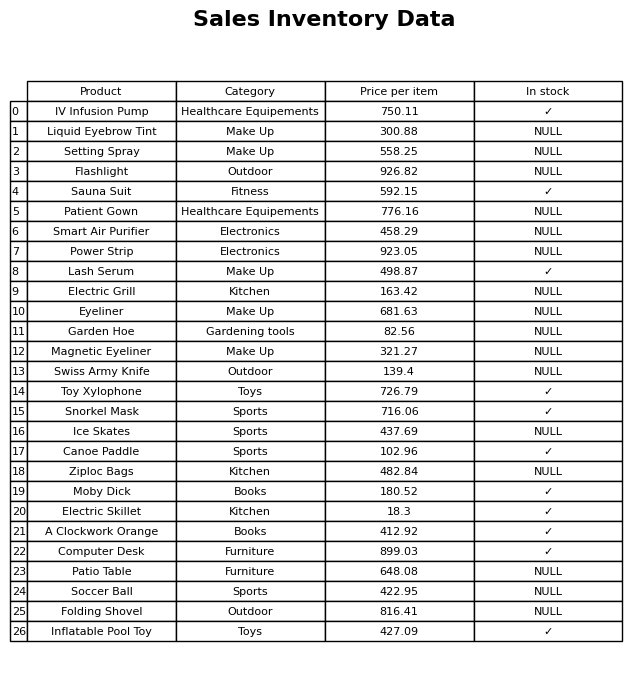
question: What is the price for Garden Hoe?
answer: The price of Garden Hoe is 82.56.